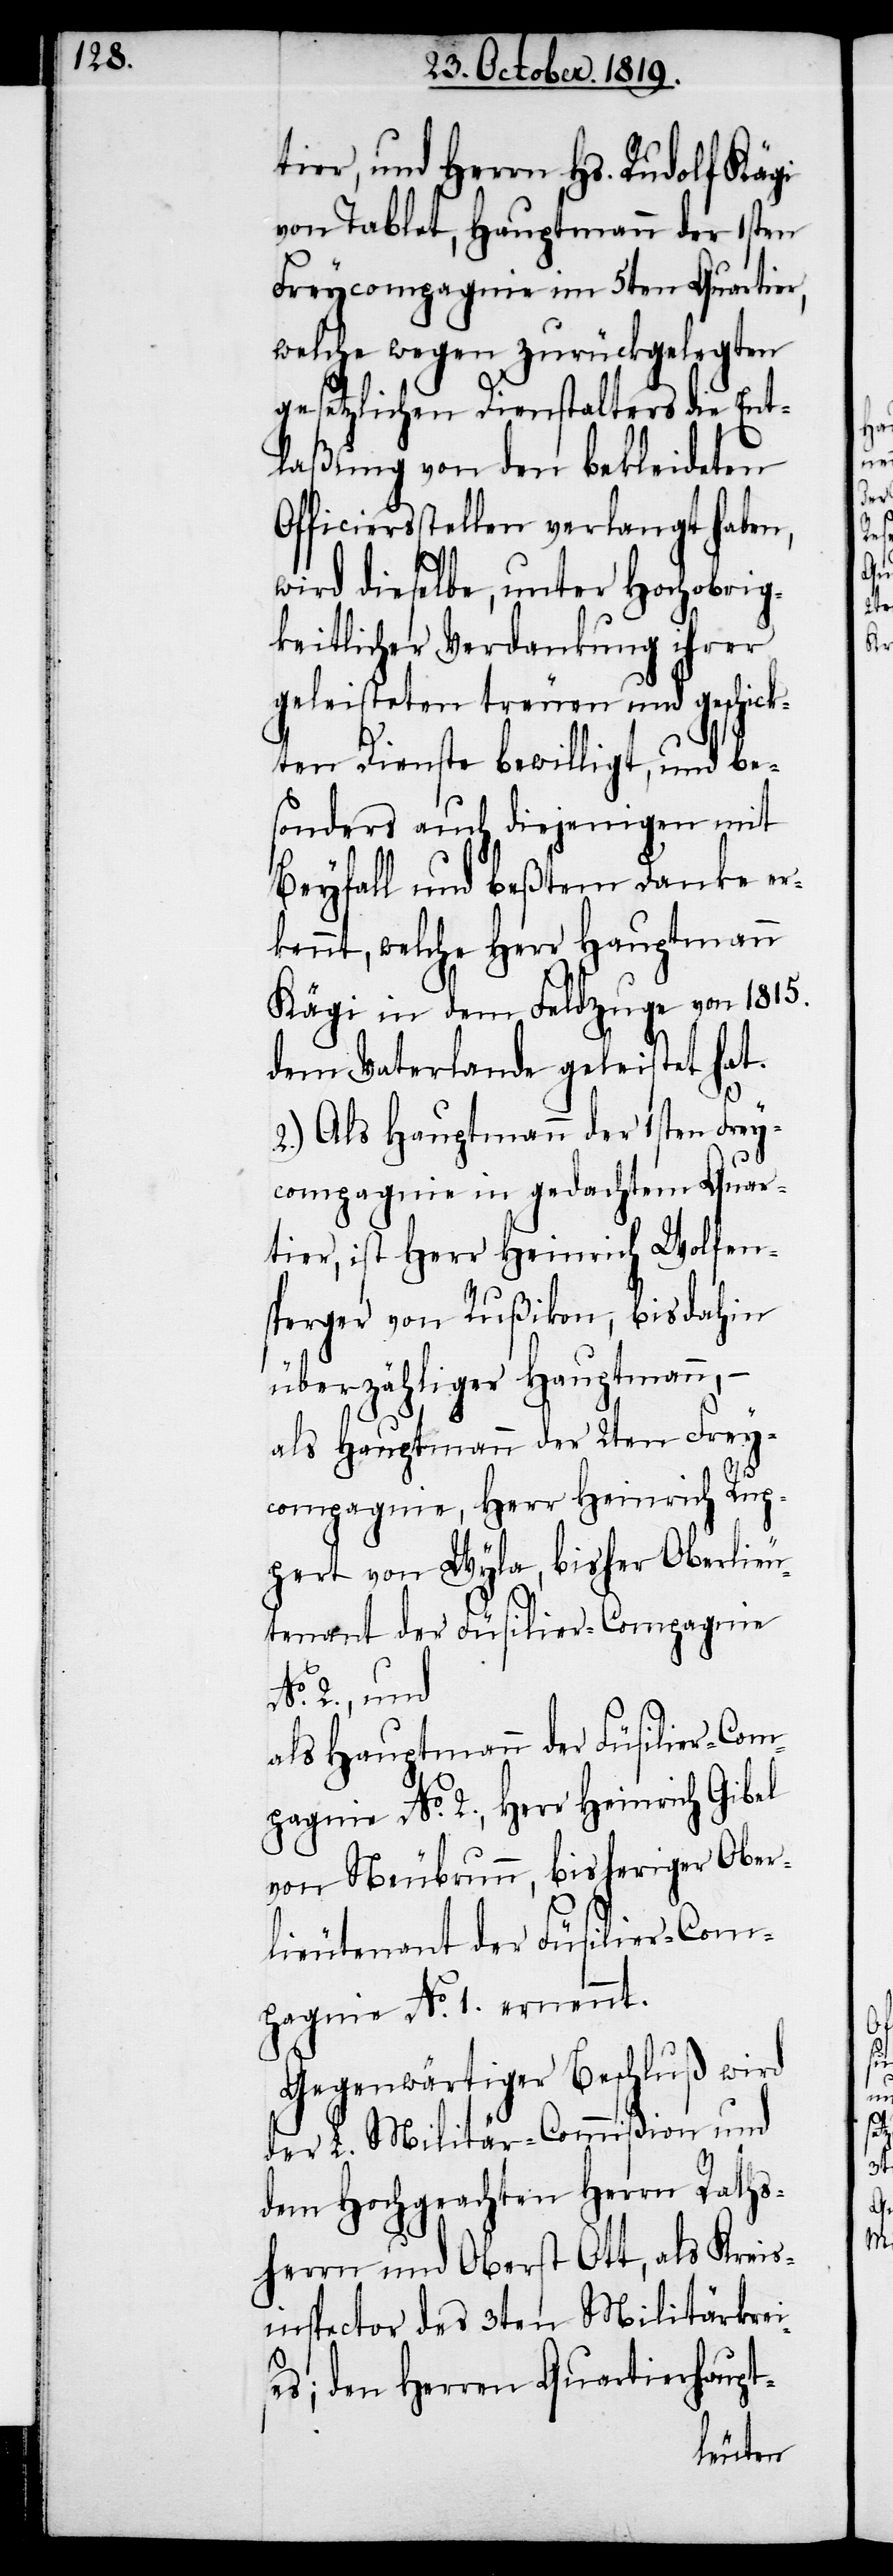
tier, und Herrn Hs. Rudolf Kägi
von Tablet, Hauptmann der 1sten
Freycompagnie im 5ten Quartier,
welche wegen zurückgelegten
gesetzlichen Dienstalters die Ent¬
laßung von den bekleideten
Officiersstellen verlangt haben,
wird dieselbe, unter Hochobrig¬
keitlicher Verdankung ihrer
geleisteten treuen und geschick¬
ten Dienste bewilligt, und be¬
sonders auch diejenigen mit
Beyfall und beßtem Danke er¬
kennt, welche Herr Hauptmann
Kägi in dem Feldzuge von 1815.
dem Vaterlande geleistet hat.
2.) Als Hauptmann der 1sten Frey¬
compagnie in gedachtem Quar¬
tier, ist Herr Heinrich Wolfen¬
sperger von Rußikon, bisdahin
überzähliger Hauptmann, –
als Hauptmann der 2ten Frey¬
compagnie, Herr Heinrich Rup¬
pert von Wyla, bisher Oberlieu¬
tenant der Füsilier-Compagnie
No. 2., und
als Hauptmann der Füsilier-Com¬
pagnie No. 2., Herr Heinrich Gibel
von Neubrunn, bisheriger Ober¬
lieutenant der Füsilier-Com¬
pagnie. No. 1. ernennt.
Gegenwärtiger Beschluß wird
der L. Militär-Commißion und
dem Hochgeachten Herrn Raths¬
herrn und Oberst Ott, als Kreis¬
inspector des 3ten Militärkreis¬
es; den Herren Quartierhaupt-